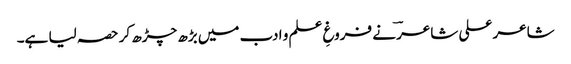
شاعر علی شاعرؔ نے فروغِ علم و ادب میں بڑھ چڑھ کر حصہ لیا ہے۔